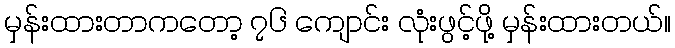
မှန်းထားတာကတော့ ၇၆ ကျောင်း လုံးဖွင့်ဖို့ မှန်းထားတယ်။